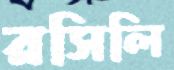
রসিলি